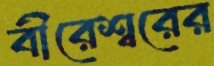
বীরেশ্বরের